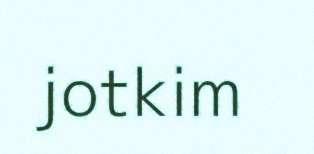
jotkim